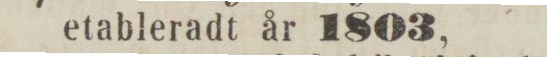
etableradt år 1803,